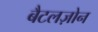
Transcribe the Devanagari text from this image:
बैटलज़ोन